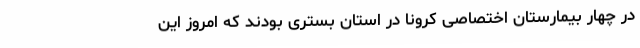
در چهار بیمارستان اختصاصی کرونا در استان بستری بودند که امروز این